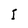
Character: I